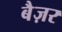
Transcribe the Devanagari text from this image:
बैज़र